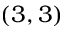
( 3 , 3 )